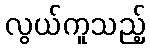
လွယ်ကူသည့်